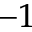
^ { - 1 }